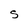
Character: S